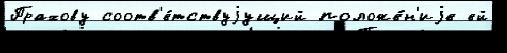
Прахову соотв'е́тствуjущий положе́н'иjе ей